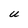
Character: U